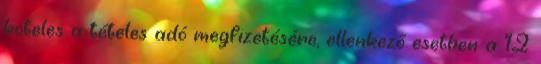
köteles a tételes adó megfizetésére, ellenkező esetben a 12